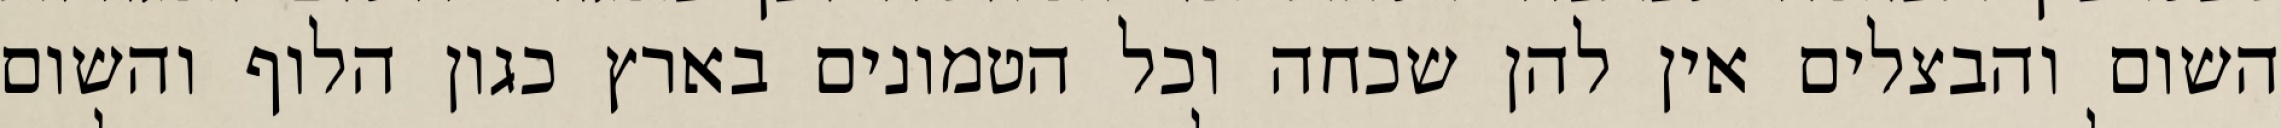
השום והבצלים אין להן שכחה וכל הטמונים בארץ כגון הלוף והשום